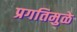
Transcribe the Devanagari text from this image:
प्रगतिमुळे